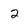
Character: 2